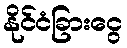
နိုင်ငံခြားငွေ